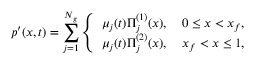
p ^ { \prime } ( x , t ) = \sum _ { j = 1 } ^ { N _ { g } } \left\{ \begin{array} { l l } { \mu _ { j } ( t ) \Pi _ { j } ^ { ( 1 ) } ( x ) , \quad 0 \leq x < x _ { f } , } \\ { \mu _ { j } ( t ) \Pi _ { j } ^ { ( 2 ) } ( x ) , \quad x _ { f } < x \leq 1 , } \end{array} \right.